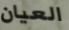
العيان